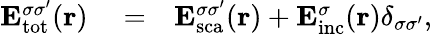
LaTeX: \begin{array}{rlr}{{\mathbf E}_{\mathrm{{tot}}}^{\sigma\sigma^{\prime}}({\mathbf r})}&{{}=}&{{\mathbf E}_{\mathrm{{sca}}}^{\sigma\sigma^{\prime}}({\mathbf r})+{\mathbf E}_{\mathrm{{inc}}}^{\sigma}({\mathbf r})\delta_{\sigma\sigma^{\prime}},}\end{array}